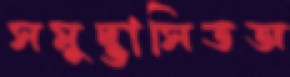
সমুদ্ভাসিতঅ